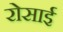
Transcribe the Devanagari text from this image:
रोसाई